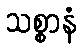
သစ္စာနံ